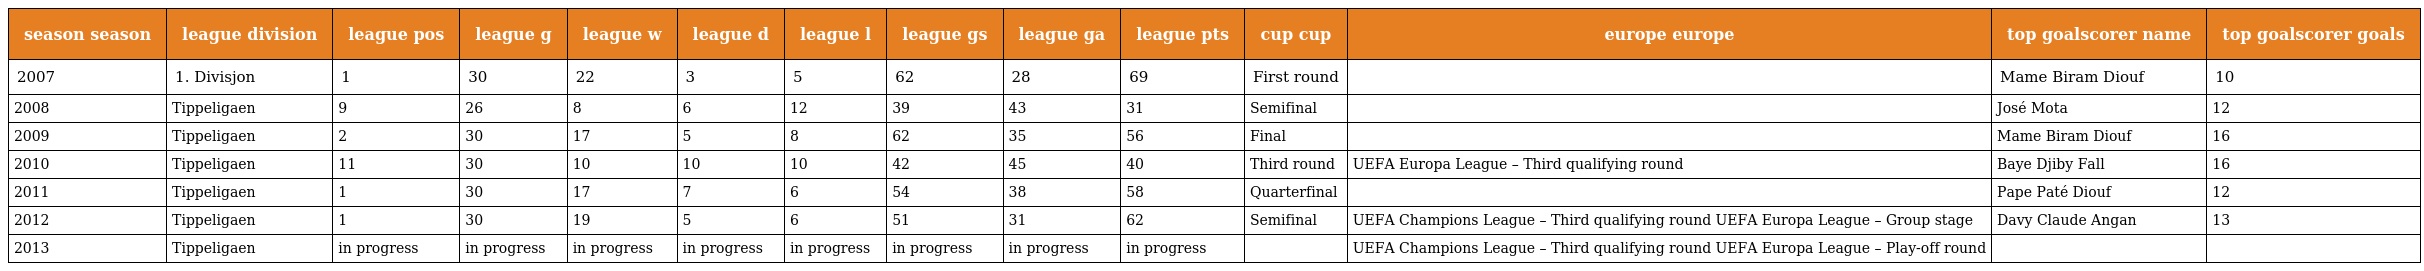
| season season | league division | league pos | league g | league w | league d | league l | league gs | league ga | league pts | cup cup | europe europe | top goalscorer name | top goalscorer goals |
 | --- | --- | --- | --- | --- | --- | --- | --- | --- | --- | --- | --- | --- | --- |
 | 2007 | 1. Divisjon | 1 | 30 | 22 | 3 | 5 | 62 | 28 | 69 | First round |  | Mame Biram Diouf | 10 |
 | 2008 | Tippeligaen | 9 | 26 | 8 | 6 | 12 | 39 | 43 | 31 | Semifinal |  | José Mota | 12 |
 | 2009 | Tippeligaen | 2 | 30 | 17 | 5 | 8 | 62 | 35 | 56 | Final |  | Mame Biram Diouf | 16 |
 | 2010 | Tippeligaen | 11 | 30 | 10 | 10 | 10 | 42 | 45 | 40 | Third round | UEFA Europa League – Third qualifying round | Baye Djiby Fall | 16 |
 | 2011 | Tippeligaen | 1 | 30 | 17 | 7 | 6 | 54 | 38 | 58 | Quarterfinal |  | Pape Paté Diouf | 12 |
 | 2012 | Tippeligaen | 1 | 30 | 19 | 5 | 6 | 51 | 31 | 62 | Semifinal | UEFA Champions League – Third qualifying round UEFA Europa League – Group stage | Davy Claude Angan | 13 |
 | 2013 | Tippeligaen | in progress | in progress | in progress | in progress | in progress | in progress | in progress | in progress |  | UEFA Champions League – Third qualifying round UEFA Europa League – Play-off round |  |  |